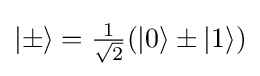
|\pm \rangle ={\tfrac {1}{\sqrt {2}}}(\left|0\right\rangle \pm \left|1\right\rangle )